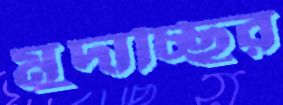
মুদাচ্ছির